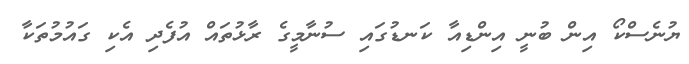
ޔުނެސްކޯ އިން ބުނީ އިންޑިއާ ކަނޑުގައި ސުނާމީގެ ރާޅުތައް އުފެދި އެކި ގައުމުތަކާ